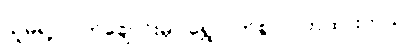
သူမရဲ့ လက်ချောင်းမှာ ရွှေလက်စွပ် ဝတ်ထားတယ်။